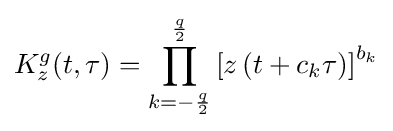
K_{z}^{g}(t,\tau )=\prod _{k=-{\frac {q}{2}}}^{\frac {q}{2}}\left[z\left(t+c_{k}\tau \right)\right]^{b_{k}}